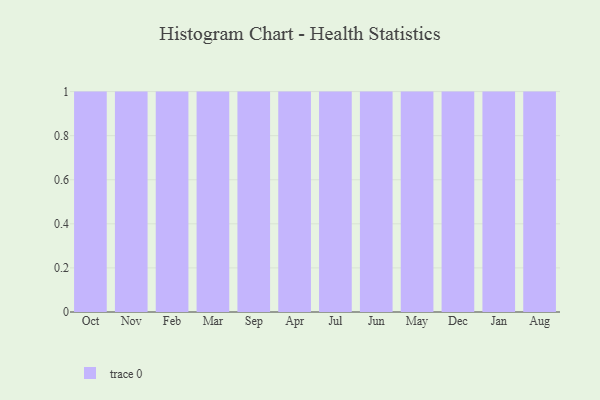
{"axis": {"x": "Month", "y": "Gross Profit (USD K)"}, "legend": [""], "data": [{"x": "Oct", "y": 62, "type": ""}, {"x": "Nov", "y": 71, "type": ""}, {"x": "Feb", "y": 11, "type": ""}, {"x": "Mar", "y": 35, "type": ""}, {"x": "Sep", "y": 91, "type": ""}, {"x": "Apr", "y": 36, "type": ""}, {"x": "Jul", "y": 99, "type": ""}, {"x": "Jun", "y": 45, "type": ""}, {"x": "May", "y": 56, "type": ""}, {"x": "Dec", "y": 38, "type": ""}, {"x": "Jan", "y": 83, "type": ""}, {"x": "Aug", "y": 73, "type": ""}]}